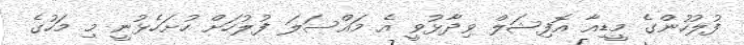
ފުލުހުންގެ މީޑިއާ އޮފިޝަލް ވިދާޅުވީ އެ މައްސަލަ ފުލުހަށް ހުށަހެޅުނީ މި މަހުގެ